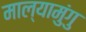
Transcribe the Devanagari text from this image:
माल्यामुंगु